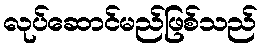
လုပ်ဆောင်မည်ဖြစ်သည်